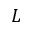
L